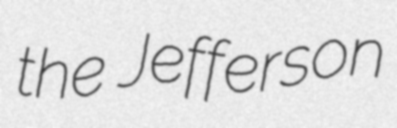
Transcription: the Jefferson